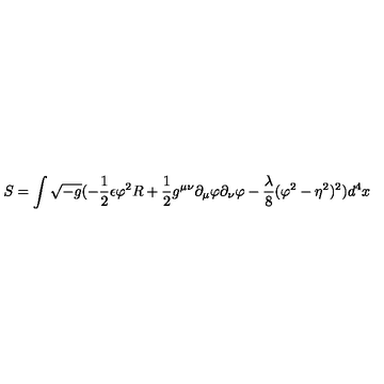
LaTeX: S = \int \sqrt { - g } ( - \frac { 1 } { 2 } \epsilon \varphi ^ { 2 } R + \frac { 1 } { 2 } g ^ { \mu \nu } \partial _ { \mu } \varphi \partial _ { \nu } \varphi - \frac { \lambda } { 8 } ( \varphi ^ { 2 } - \eta ^ { 2 } ) ^ { 2 } ) d ^ { 4 } x